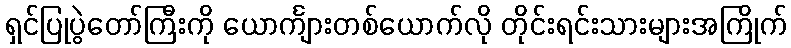
ရှင်ပြုပွဲတော်ကြီးကို ယောင်္ကျားတစ်ယောက်လို တိုင်းရင်းသားများအကြိုက်